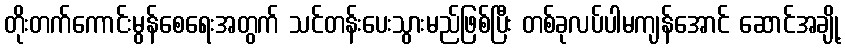
တိုးတက်ကောင်းမွန်စေရေးအတွက် သင်တန်းပေးသွားမည်ဖြစ်ပြီး တစ်ခုလပ်ပါမကျန်အောင် ဆောင်အချို့